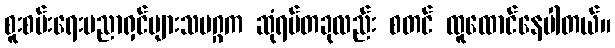
စူးစမ်းရေးပညာရှင်များသမဂ္ဂက ဆုံရပ်တခုလည်း စတင် ထူထောင်နေပါတယ်။